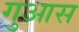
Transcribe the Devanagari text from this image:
गुआस